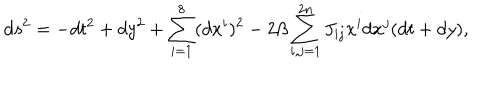
d s ^ { 2 } = - d t ^ { 2 } + d y ^ { 2 } + \sum _ { i = 1 } ^ { 8 } ( d x ^ { i } ) ^ { 2 } - 2 \beta \sum _ { i , j = 1 } ^ { 2 n } J _ { i j } x ^ { i } d x ^ { j } ( d t + d y ) ,